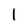
Character: l